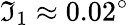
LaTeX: \mathfrak{I}_{1}\approx0.02^{\circ}